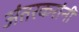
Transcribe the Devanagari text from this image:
अंतरकरांनी